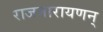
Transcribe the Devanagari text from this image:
राजनारायणन्